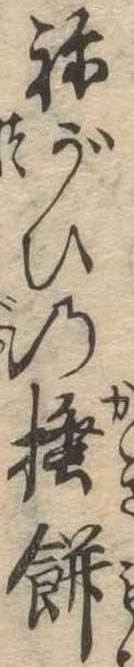
ねがひの掻餅